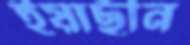
ইয়াছীন